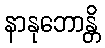
နာနုဘောန္တိ